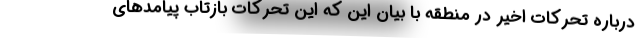
درباره تحرکات اخیر در منطقه با بیان این که این تحرکات بازتاب پیامدهای